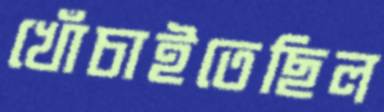
খোঁচাইতেছিল